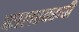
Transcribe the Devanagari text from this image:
कालस्वरूपी